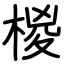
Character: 椶